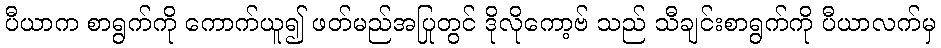
ပီယာက စာရွက်ကို ကောက်ယူ၍ ဖတ်မည်အပြုတွင် ဒိုလိုကော့ဗ် သည် သီချင်းစာရွက်ကို ပီယာလက်မှ